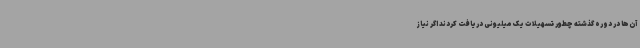
آن‌ها در دوره گذشته چطور تسهیلات یک میلیونی دریافت کردند اگر نیاز